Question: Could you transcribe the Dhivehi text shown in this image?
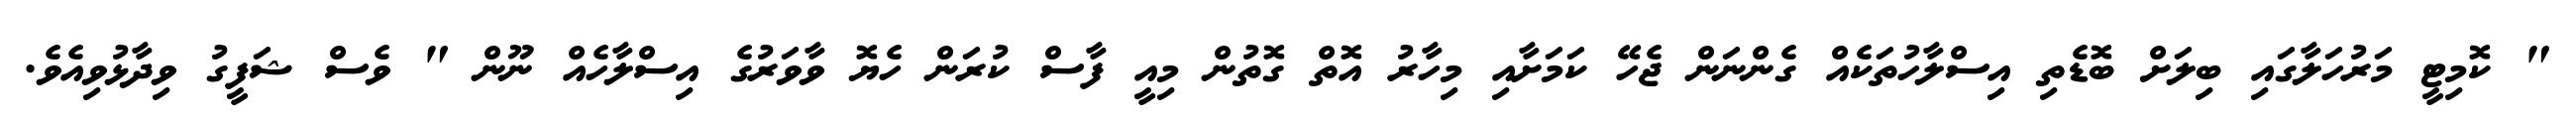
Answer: " ކޮމިޓީ މަރުހަލާގައި ބިލަށް ބޮޑެތި އިސްލާހުތަކެއް ގެންނަން ޖެހޭ ކަމަށާއި މިހާރު އޮތް ގޮތުން މިއީ ފާސް ކުރަން ހެޔޮ ވާވަރުގެ އިސްލާހެއް ނޫން " ވެސް ޝަފީގު ވިދާޅުވިއެވެ.